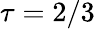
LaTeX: \tau=2/3